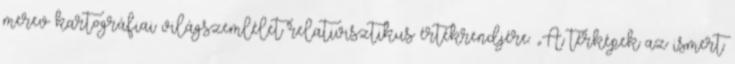
merev kartográfiai világszemlélet relativisztikus értékrendjére: „A térképek az ismert